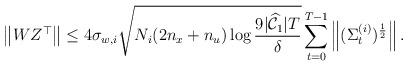
LaTeX: \begin{align*} \left\|W Z^{\top}\right\| \leq 4 \sigma_{w,i} \sqrt{N_{i}(2 n_x+n_u) \log \frac{9|\widehat{\mathcal{C}}_1| T}{\delta}} \sum_{t=0}^{T-1} \left\|(\Sigma_{t}^{(i)})^{\frac{1}{2}}\right\| . \end{align*}